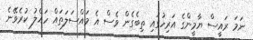
ނަމަ ރައީސް ޔާމީންގެ އަރިހުގައި ތިބެގެން ވެސް އެ މައްސަލަތައް ހައްލު ކުރެވޭނެ